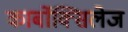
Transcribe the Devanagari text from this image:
कार्बोक्सिलेज